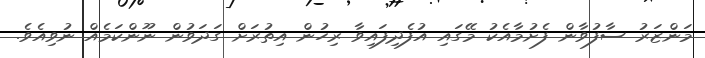
މަންޒަރު ސާފުވާން ފެށުމާއެކު މޭގައި އުފެދިފައިވާ ރިހުން އިތުރަށް ގަދަވުން ނޫންކަމެއް ނުވިއެވެ.